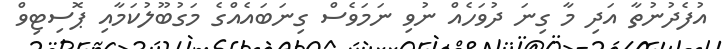
އުފެދުނުތާ އަދި މާ ގިނަ ދުވަހެއް ނުވި ނަމަވެސް ގިނަބައެއްގެ މަގުބޫލުކަމާއި ޕޮސިޓިވް